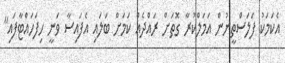
އެކަމަކު ފަލަސްތީނުން އަމަލްކުރާ ގޮތަށް ރައްދެއް ކަމަށް ބަލައި އެފައިސާ ވަނީ ހިފަހައްޓާފައި"